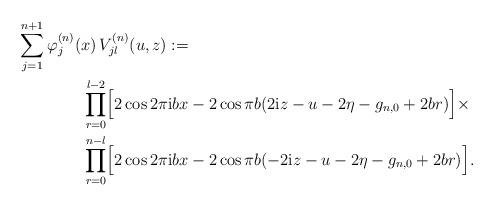
LaTeX: \begin{align*}&\sum_{j = 1}^{n+1} \varphi_j^{(n)}(x)\,V_{jl}^{(n)}(u,z) := \\ & \kern 4em\prod_{r = 0}^{l-2} \Bigl[ 2\cos 2 \pi \textup{i} b x - 2\cos \pi b ( 2\textup{i} z - u - 2\eta - g_{n,0} + 2 b r) \Bigr] \times \\& \kern 4em \prod_{r = 0}^{n-l} \Bigl[ 2\cos 2 \pi \textup{i} b x - 2\cos \pi b ( -2\textup{i} z - u - 2\eta - g_{n,0} + 2 b r) \Bigr]. \end{align*}